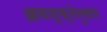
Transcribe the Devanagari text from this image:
आवश्क्तेनुसार